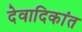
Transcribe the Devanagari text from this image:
देवादिकांत